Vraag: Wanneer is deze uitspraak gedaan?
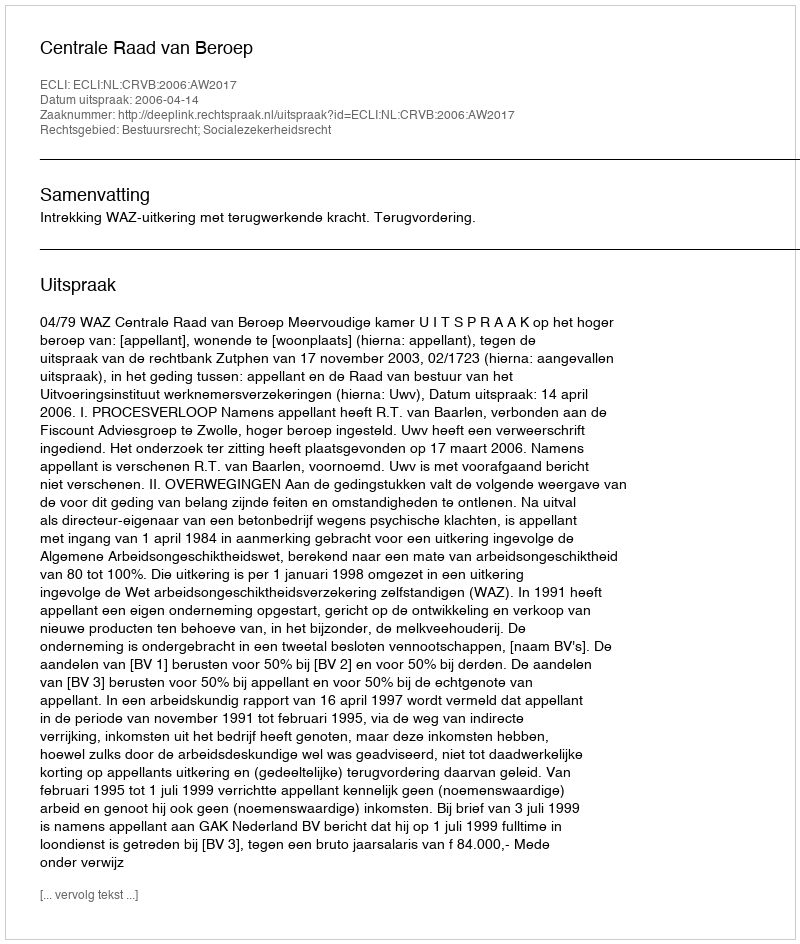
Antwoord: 2006-04-14